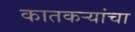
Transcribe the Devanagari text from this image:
कातकऱ्यांचा